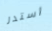
استدر